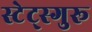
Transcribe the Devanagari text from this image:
स्टेट्स्गुरू